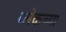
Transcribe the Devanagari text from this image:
ब्लेकच्या